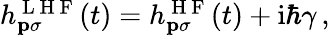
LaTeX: \begin{array}{r}{h_{\mathbf{p}\sigma}^{\mathrm{~L~H~F~}}(t)=h_{\mathbf{p}\sigma}^{\mathrm{~H~F~}}(t)+\mathrm{i}\hbar\gamma\, ,}\end{array}